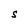
Character: S